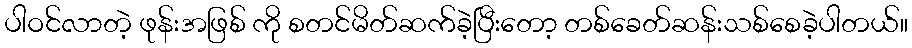
ပါဝင်လာတဲ့ ဖုန်းအဖြစ် ကို စတင်မိတ်ဆက်ခဲ့ပြီးတော့ တစ်ခေတ်ဆန်းသစ်စေခဲ့ပါတယ်။